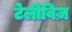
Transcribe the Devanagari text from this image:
टेलीविज़